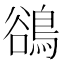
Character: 鵒